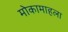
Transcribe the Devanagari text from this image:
मोकामाहला